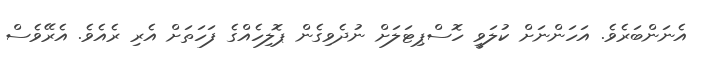
އެނަންބަރެވެ. އަހަންނަށް ކުލަވީ ހޮސްޕިޓަލަށް ނުދެވިގެން ޕޮލިހެއްގެ ފަހަތަށް އެރި ރެއެވެ. އެރޭވެސް